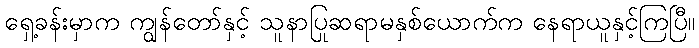
ရှေ့ခန်းမှာက ကျွန်တော်နှင့် သူနာပြုဆရာမနှစ်ယောက်က နေရာယူနှင့်ကြပြီ။